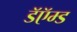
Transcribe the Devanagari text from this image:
डॅऍम्ड